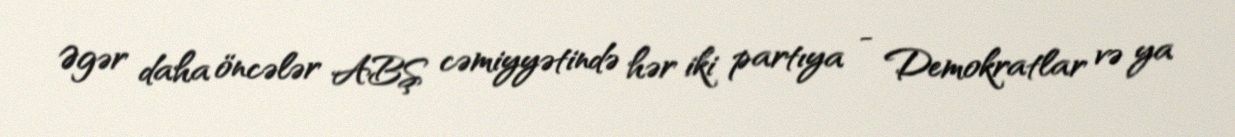
Əgər daha öncələr ABŞ cəmiyyətində hər iki partıya - Demokratlar və ya